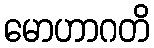
မောဟာဂတိ